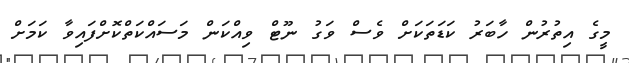
މީގެ އިތުރުން ހާބަރު ކަޑަތަކަށް ވެސް ވަގު ނޫޓް ވިއްކަން މަސައްކަތްކޮށްފައިވާ ކަމަށް